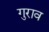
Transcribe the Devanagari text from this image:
गुराव